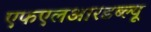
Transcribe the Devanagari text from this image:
एफएलआरडब्ल्यू